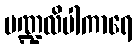
မဏ္ဍလိပါကာရေ